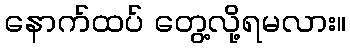
နောက်ထပ် တွေ့လို့ရမလား။